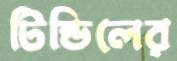
টিন্ডিলের